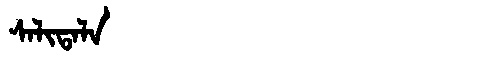
Manchu: ᠰᠠᠯᡳᡨᠠᠯᠠ
Romanization: SALITALA